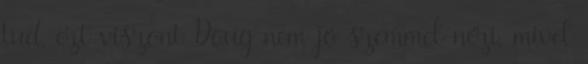
tud, ezt viszont Doug nem jó szemmel nézi, mivel